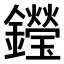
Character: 𨯗